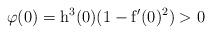
LaTeX: \begin{align*}\varphi(0)= \mathrm{h}^3(0)(1- \mathrm{f}'(0)^2)> 0 \end{align*}